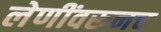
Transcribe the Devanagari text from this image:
लेणींवरूनच